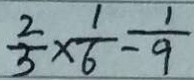
\frac { 2 } { 3 } \times \frac { 1 } { 6 } = \frac { 1 } { 9 }